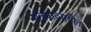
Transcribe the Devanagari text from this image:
सूत्रपाठातील